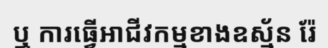
ឬ ការធ្វើអាជីវកម្មខាងឧស្ម័ន រ៉ែ